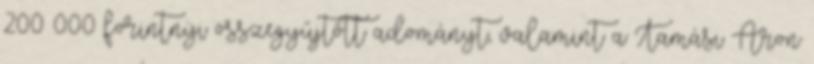
200 000 forintnyi összegyűjtőtt adományt, valamint a Tamási Áron